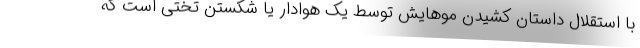
با استقلال داستان کشیدن موهایش توسط یک هوادار یا شکستن تختی است که